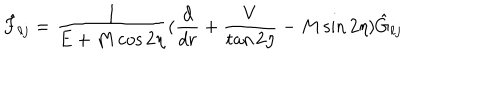
\hat { F } _ { \ell j } = { \frac { 1 } { E + M \cos 2 \eta } } ( { \frac { d } { d r } } + { \frac { V } { \tan 2 \eta } } - M \sin 2 \eta ) \hat { G } _ { \ell j }